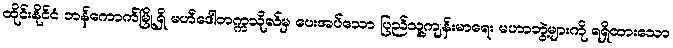
ထိုင်းနိုင်ငံ ဘန်ကောက်မြို့ရှိ မဟီဒေါတက္ကသိုလ်မှ ပေးအပ်သော ပြည်သူ့ကျန်းမာရေး မဟာဘွဲ့များကို ရရှိထားသော